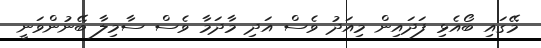
މޭގައި ބޯއެޅި ފަދައިން މިއަދު ވެސް އަދި މާދަމާ ވެސް ސާމިލާ ބޭނުންވަނީ